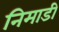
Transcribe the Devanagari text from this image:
निमाडी